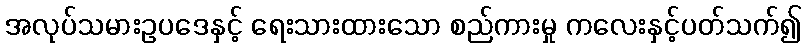
အလုပ်သမားဥပဒေနှင့် ရေးသားထားသော စည်ကားမှု ကလေးနှင့်ပတ်သက်၍